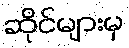
ဆိုင်များမှ